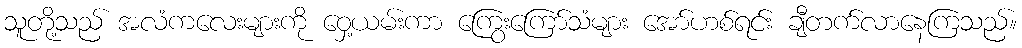
သူတို့သည် အလံကလေးများကို ဝှေ့ယမ်းကာ ကြွေးကြော်သံများ အော်ဟစ်ရင်း ချီတက်လာနေကြသည်။